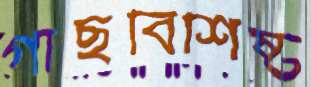
গাছবিশিষ্ট